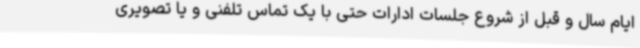
ایام سال و قبل از شروع جلسات ادارات حتی با یک تماس تلفنی و یا تصویری